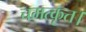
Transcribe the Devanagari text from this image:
चमत्कृत।